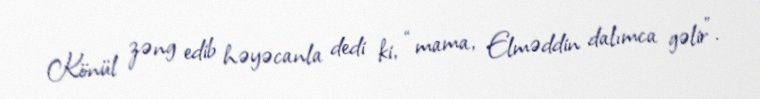
Könül zəng edib həyəcanla dedi ki, “mama, Elməddin dalımca gəlir”.